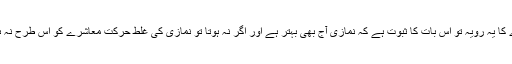
معاشرے کا یہ رویہ تو اس بات کا ثبوت ہے کہ نمازی آج بھی بہتر ہے اور اگر نہ ہوتا تو نمازی کی غلط حرکت معاشرے کو اس طرح نہ ہلا ڈالتی۔